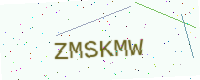
Text: ZMSKMW